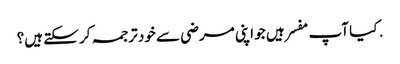
. کیا آپ مفسر ہیں جو اپنی مرضی سے خود ترجمہ کر سکتے ہیں؟